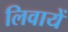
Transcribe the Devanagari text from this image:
लिवायें